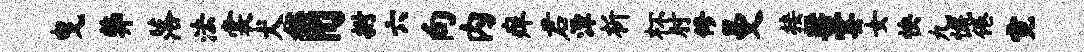
曳弊落法裳犬角拊六向内痒君潭析杯肘修曼接梁霎女怏九慨倦霓